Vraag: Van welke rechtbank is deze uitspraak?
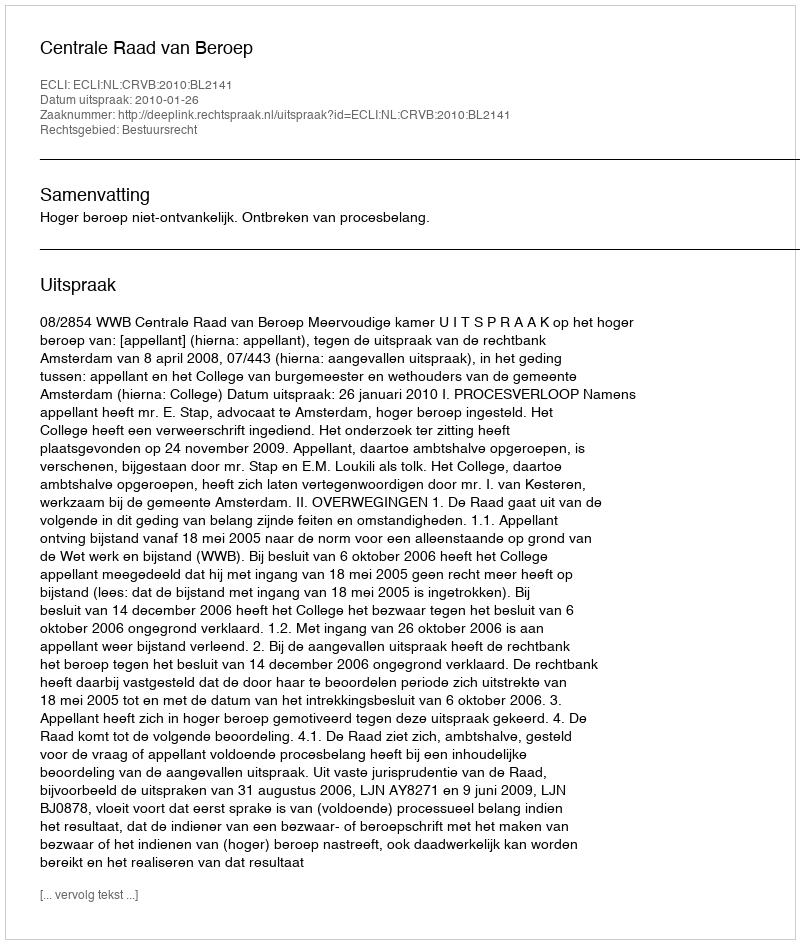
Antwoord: Centrale Raad van Beroep